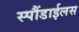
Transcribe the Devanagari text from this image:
स्पौंडाईलस